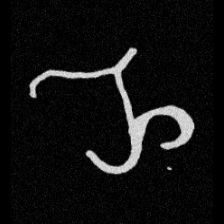
Pyu character \u2014 Myanmar letter: ည (romanized: nya)